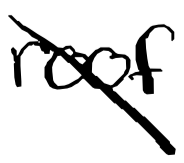
Text: roof
Cross-out: diagonal
Writing tool: digital_black